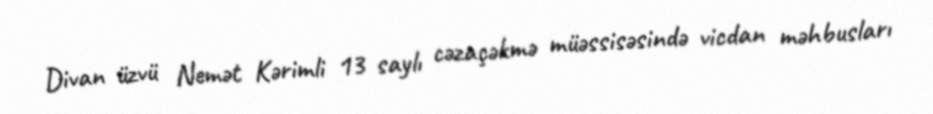
Divan üzvü Nemət Kərimli 13 saylı cəzaçəkmə müəssisəsində vicdan məhbusları